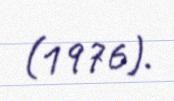
(1976).